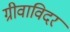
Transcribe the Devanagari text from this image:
ग्रीवाविदर